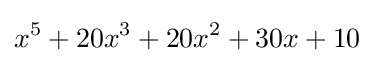
x^{5}+20x^{3}+20x^{2}+30x+10